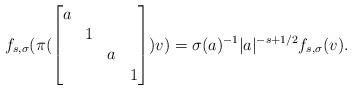
LaTeX: \begin{align*} f_{s,\sigma}(\pi(\begin{bmatrix}a\\&1\\&&a\\&&&1\end{bmatrix})v) =\sigma(a)^{-1}|a|^{-s+1/2}f_{s,\sigma}(v). \end{align*}